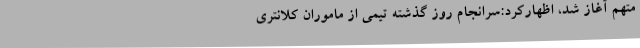
متهم آغاز شد، اظهارکرد:‌سرانجام روز گذشته تیمی از ماموران کلانتری